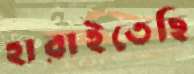
হারাইতেছি